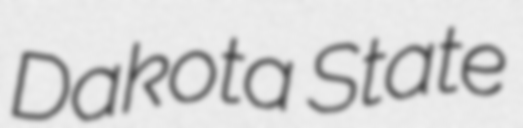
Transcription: Dakota State